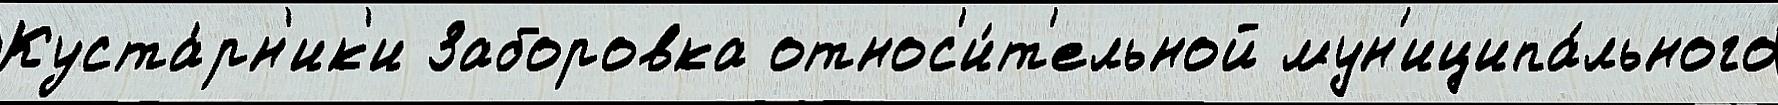
Куста́рн'ик'и Заборовка относ'и́т'ельной мун'иципа́льного